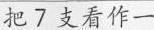
把7支看作一